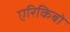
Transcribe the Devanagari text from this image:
एरिकिबो